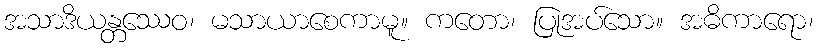
အသာဒိယန္တဿေဝ၊ မသာယာစေကာမူ။ ကတော၊ ပြုအပ်သော။ အဓိကာရော၊